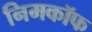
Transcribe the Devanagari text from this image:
निमकॉफ